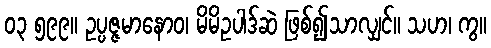
၀၃ ၅၉၉။ ဥပ္ပဇ္ဇမာနောဝ၊ မိမိဥပါဒ်ဆဲ ဖြစ်၍သာလျှင်။ သဟ၊ ကွ။